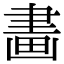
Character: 畵